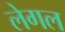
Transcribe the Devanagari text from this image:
लेगल